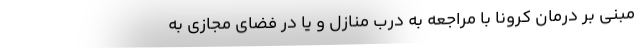
مبنی بر درمان کرونا با مراجعه به درب منازل و یا در فضای مجازی به